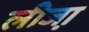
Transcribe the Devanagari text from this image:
लीजा़